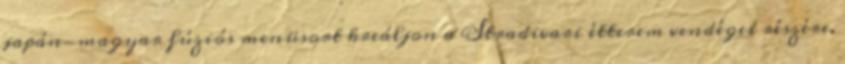
japán-magyar fúziós menüsort kreáljon a Stradivari étterem vendégei részére.